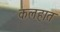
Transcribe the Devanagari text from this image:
कलहात